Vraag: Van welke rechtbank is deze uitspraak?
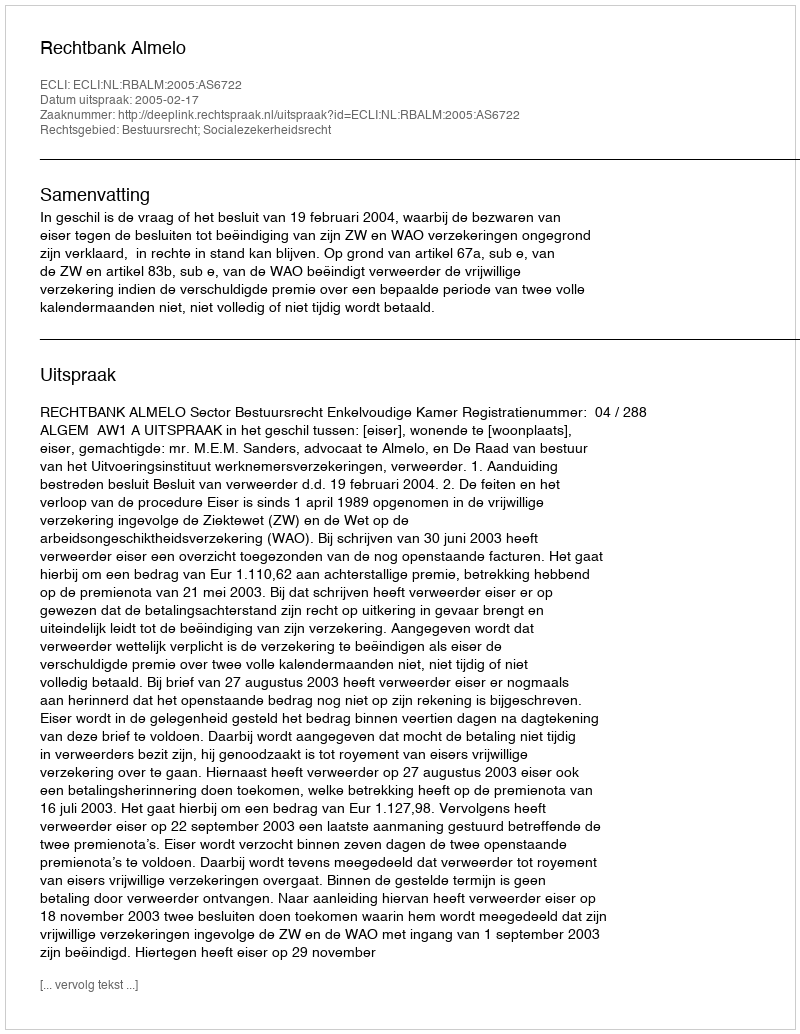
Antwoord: Rechtbank Almelo